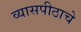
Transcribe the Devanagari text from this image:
व्यासपीठाचे